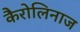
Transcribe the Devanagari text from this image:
कैरोलिनाज